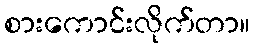
စားကောင်းလိုက်တာ။